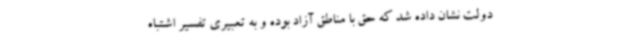
دولت نشان داده شد که حق با مناطق آزاد بوده و به تعبیری تفسیر اشتباه